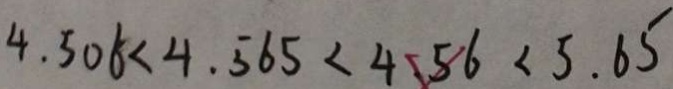
4 . 5 0 6 < 4 . 5 6 5 < 4 . 5 6 < 5 . 6 5